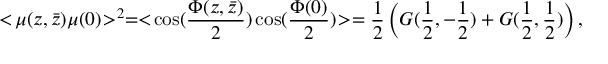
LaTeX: < \! \mu ( z , \bar { z } ) \mu ( 0 ) \! > ^ { 2 } = < \! \cos ( { \frac { \Phi ( z , \bar { z } ) } { 2 } } ) \cos ( { \frac { \Phi ( 0 ) } { 2 } } ) \! > = { \frac { 1 } { 2 } } \left( G ( { \frac { 1 } { 2 } } , - { \frac { 1 } { 2 } } ) + G ( { \frac { 1 } { 2 } } , { \frac { 1 } { 2 } } ) \right) ,